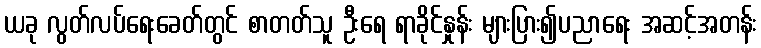
ယခု လွတ်လပ်ရေးခေတ်တွင် စာတတ်သူ ဦးရေ ရာခိုင်နှုန်း များပြား၍ပညာရေး အဆင့်အတန်း